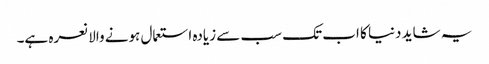
یہ شاید دنیا کا اب تک سب سے زیادہ استعمال ہونے والا نعرہ ہے۔